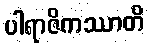
ပါရာဇိကဿာတိ